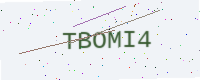
Text: TBOMI4